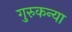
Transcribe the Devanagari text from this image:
गुरुकन्या